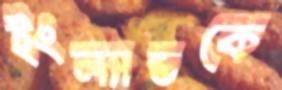
ইংল্যান্ডকে